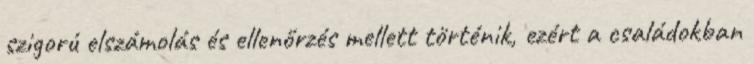
szigorú elszámolás és ellenőrzés mellett történik, ezért a családokban